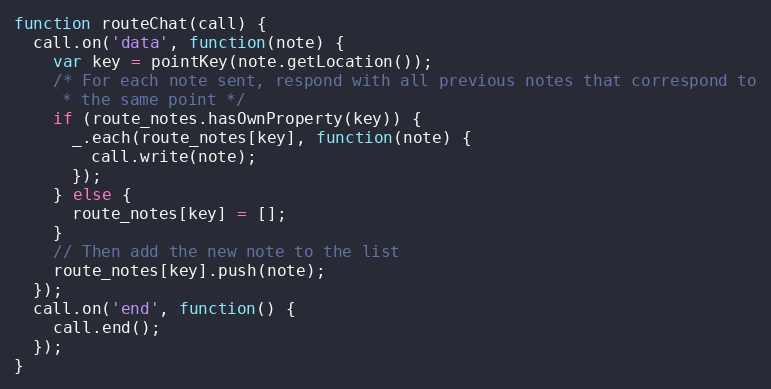
Language: JavaScript
function routeChat(call) {
  call.on('data', function(note) {
    var key = pointKey(note.getLocation());
    /* For each note sent, respond with all previous notes that correspond to
     * the same point */
    if (route_notes.hasOwnProperty(key)) {
      _.each(route_notes[key], function(note) {
        call.write(note);
      });
    } else {
      route_notes[key] = [];
    }
    // Then add the new note to the list
    route_notes[key].push(note);
  });
  call.on('end', function() {
    call.end();
  });
}